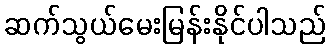
ဆက်သွယ်မေးမြန်းနိုင်ပါသည်